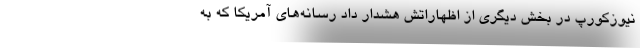
نیوزکورپ در بخش دیگری از اظهاراتش هشدار داد رسانه‌های آمریکا که به